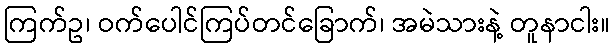
ကြက်ဥ၊ ဝက်ပေါင်ကြပ်တင်ခြောက်၊ အမဲသားနဲ့ တူနာငါး။